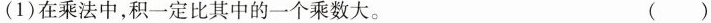
(1)在乘法中，积一定比其中的一个乘数大。 ( )